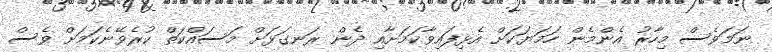
ނަމަވެސް މިހާރު އެންމެން ހަމަޔަކަށް އެޅިފައިވާކަމަށާއި ދެން ރަނގަޅަށް މަސައްކަތް ކުރެވޭނެކަމަށް ވެސް